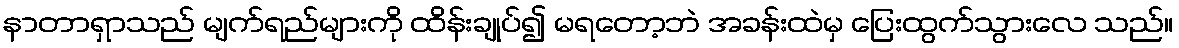
နာတာရှာသည် မျက်ရည်များကို ထိန်းချုပ်၍ မရတော့ဘဲ အခန်းထဲမှ ပြေးထွက်သွားလေ သည်။